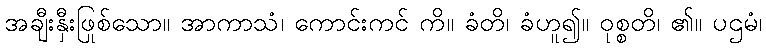
အချီးနှီးဖြစ်သော။ အာကာသံ၊ ကောင်းကင် ကို။ ခံတိ၊ ခံဟူ၍။ ဝုစ္စတိ၊ ၏။ ပဌမံ၊